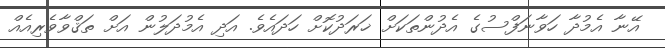
އޭނާ އެމުދާ ހަވާނަފްސުގެ އެދުންތަކަށް ޚަރަދުކޮށް ހަދައެވެ. އަދި އެމުދަލުން އަށް ތަޤްވާވެރިއެއް